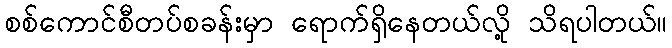
စစ်ကောင်စီတပ်စခန်းမှာ ရောက်ရှိနေတယ်လို့ သိရပါတယ်။